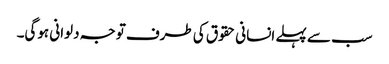
سب سے پہلے انسانی حقوق کی طرف توجہ دلوانی ہوگی۔